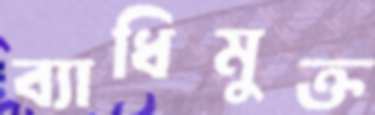
ব্যাধিমুক্ত